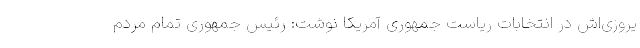
یروزی‌اش در انتخابات ریاست جمهوری آمریکا نوشت: رئیس جمهوری تمام مردم